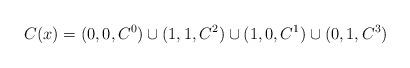
LaTeX: \begin{align*}C(x)= (0,0,C^0) \cup (1,1,C^2) \cup (1,0,C^1) \cup (0,1,C^3) \end{align*}